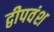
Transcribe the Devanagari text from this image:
द्वीपवंश